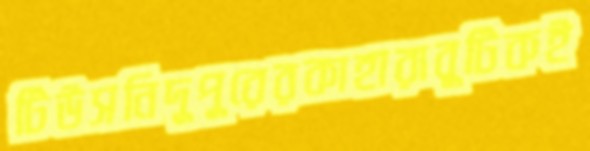
টিউসনিদুপুরেরকাহারাবুটিকই